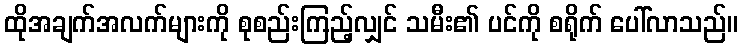
ထိုအချက်အလက်များကို စုစည်းကြည့်လျှင် သမီး၏ ပင်ကို စရိုက် ပေါ်လာသည်။